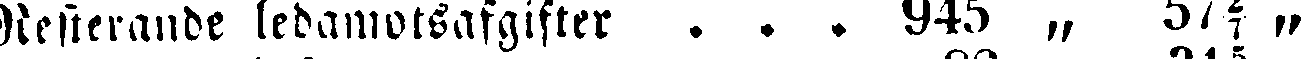
Resterande ledamotsafgifter . . . 945 „ 57²/₇ „